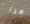
هذا